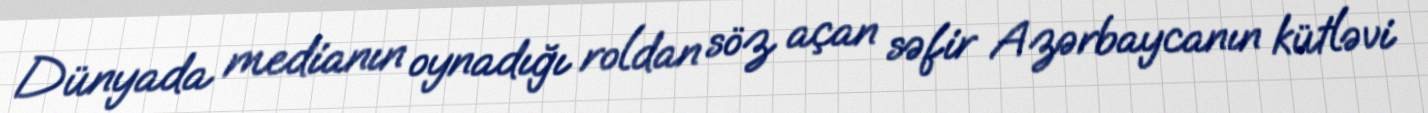
Dünyada medianın oynadığı roldan söz açan səfir Azərbaycanın kütləvi